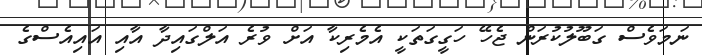
ނަމަވެސް ގަބޫލުކުރަން ޖެހޭ ހަގީގަތަކީ އެމެރިކާ އަށް ވުރެ އަލްގައިދާ އާއި އައިއެސްގެ